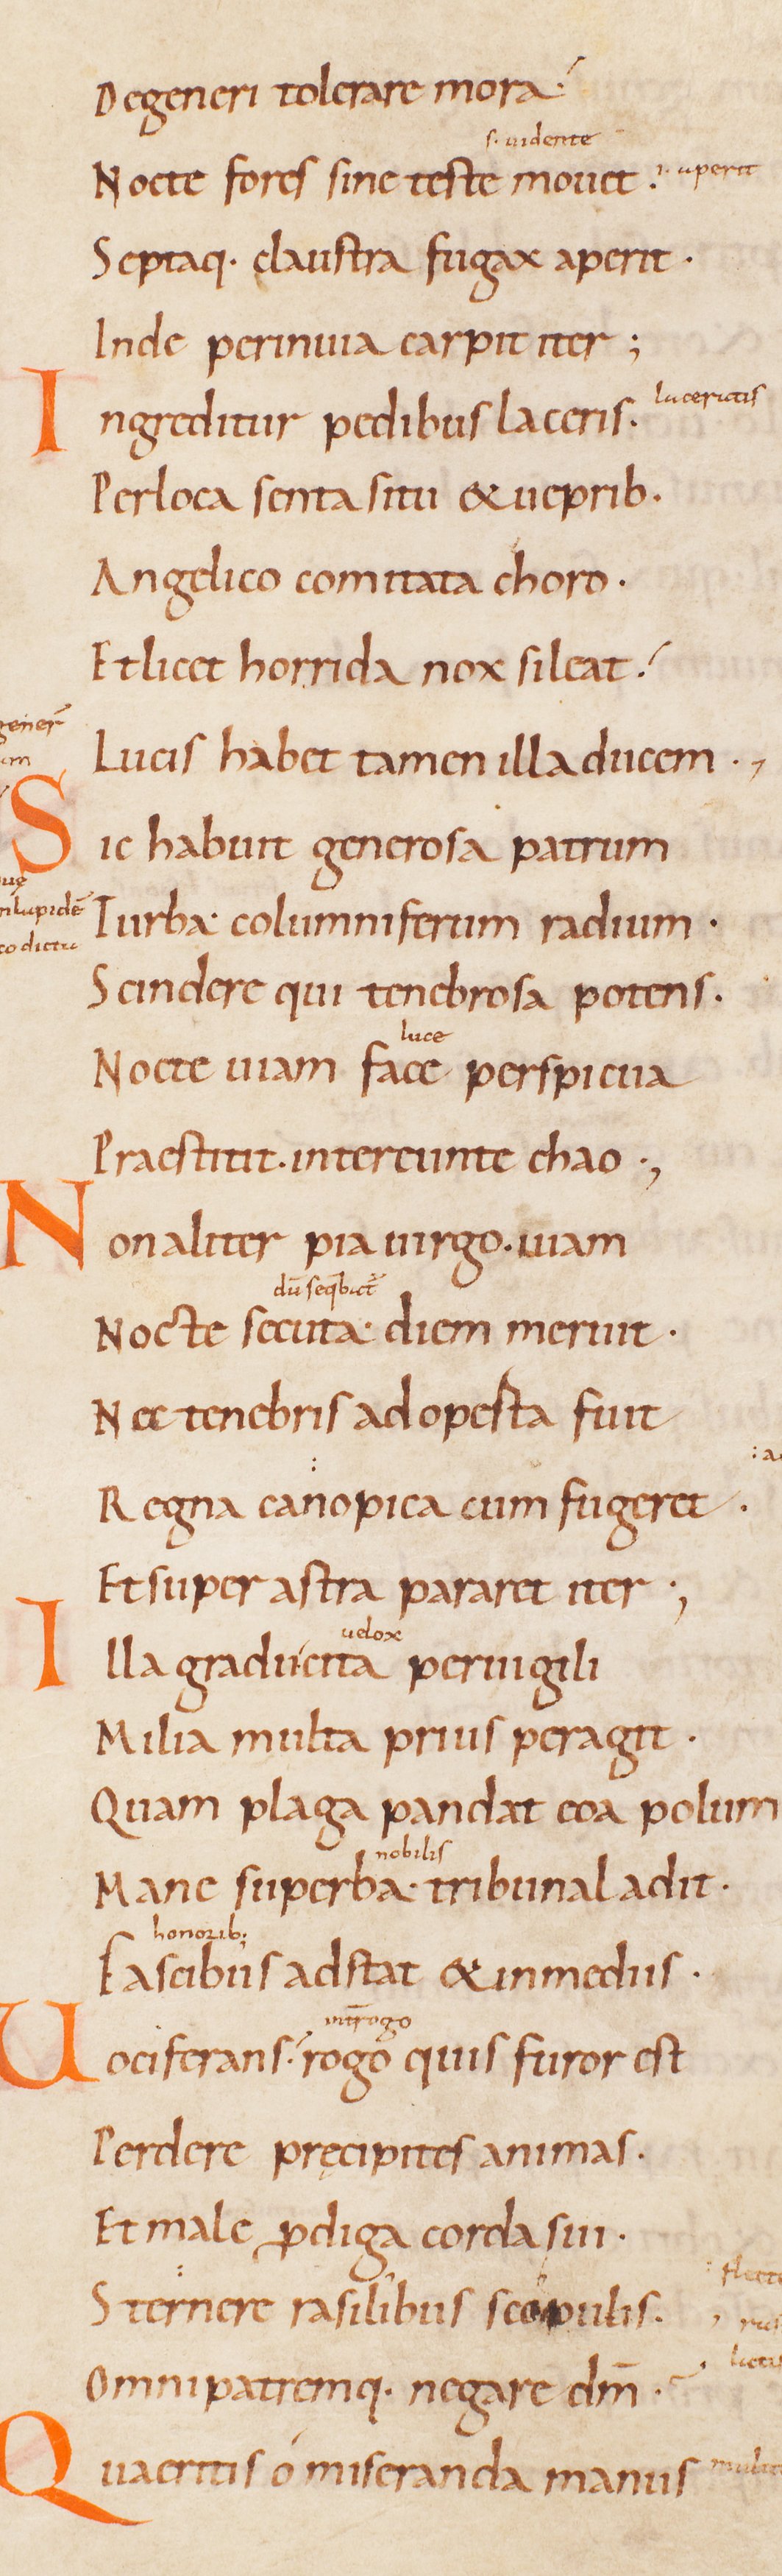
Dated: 885–915